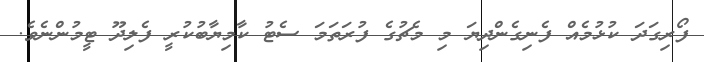
ފޯރިގަަދަ ކުޅުމެއް ފެނިގެންދިޔަ މި މެޗުގެ ފުރަތަމަ ސެޓު ކާމިޔާބުކުރީ ފެލިދޫ ޓީމުންނެވެ.